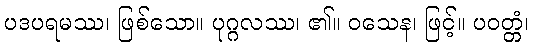
ပဒပရမဿ၊ ဖြစ်သော။ ပုဂ္ဂလဿ၊ ၏။ ဝသေန၊ ဖြင့်။ ပဝတ္တံ၊